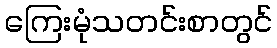
ကြေးမုံသတင်းစာတွင်